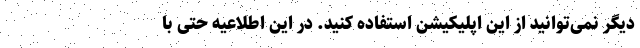
دیگر نمی‌توانید از این اپلیکیشن استفاده کنید. در این اطلاعیه حتی با